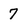
Character: 7